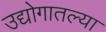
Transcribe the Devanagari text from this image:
उद्योगातल्या